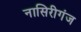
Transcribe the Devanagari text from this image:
नासिरीगंज